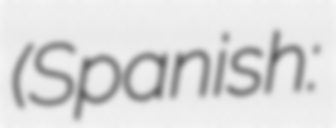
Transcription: (Spanish: